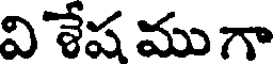
వి శేష ము గా